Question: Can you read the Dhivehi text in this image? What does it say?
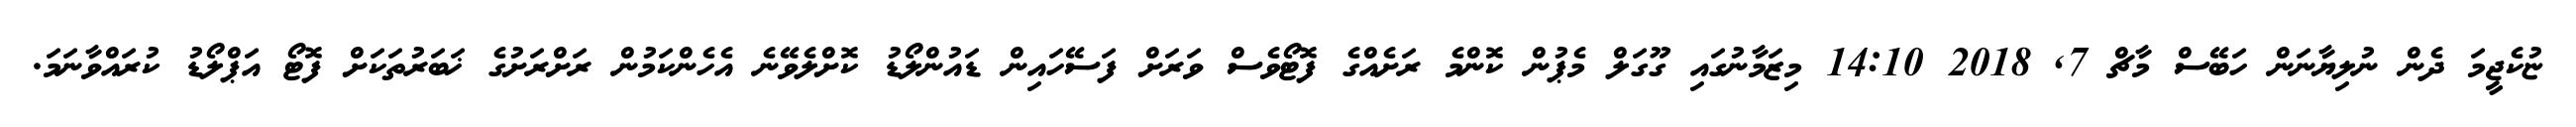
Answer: ޏުކެޖީމަ ދެން ނުލިޔާނަން ހަބޭސް މާޗް 7, 2018 14:10 މިޒަމާނުގައި ގޫގަލް މެޕުން ކޮންމެ ރަށެއްގެ ފޮޓޯވެސް ވަރަށް ފަސޭހައިން ޑައުންލޯޑު ކޮށްލެވޭނެ އެހެންކަމުން ރަށްރަށުގެ ޚަބަރުތަކަށް ފޮޓޯ އަޕްލޯޑު ކުރައްވާނަމަ.